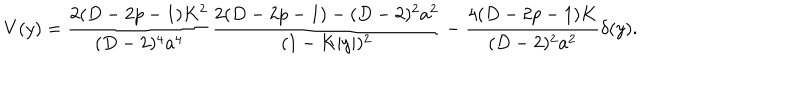
LaTeX: V ( y ) = { \frac { 2 ( D - 2 p - 1 ) K ^ { 2 } } { ( D - 2 ) ^ { 4 } a ^ { 4 } } } { \frac { 2 ( D - 2 p - 1 ) - ( D - 2 ) ^ { 2 } a ^ { 2 } } { ( 1 - K | y | ) ^ { 2 } } } - { \frac { 4 ( D - 2 p - 1 ) K } { ( D - 2 ) ^ { 2 } a ^ { 2 } } } \delta ( y ) .